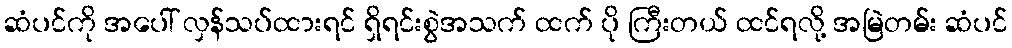
ဆံပင်ကို အပေါ် လှန်သပ်ထားရင် ရှိရင်းစွဲအသက် ထက် ပို ကြီးတယ် ထင်ရလို့ အမြဲတမ်း ဆံပင်